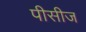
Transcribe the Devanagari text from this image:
पीसीज